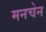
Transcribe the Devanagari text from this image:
मनचेन